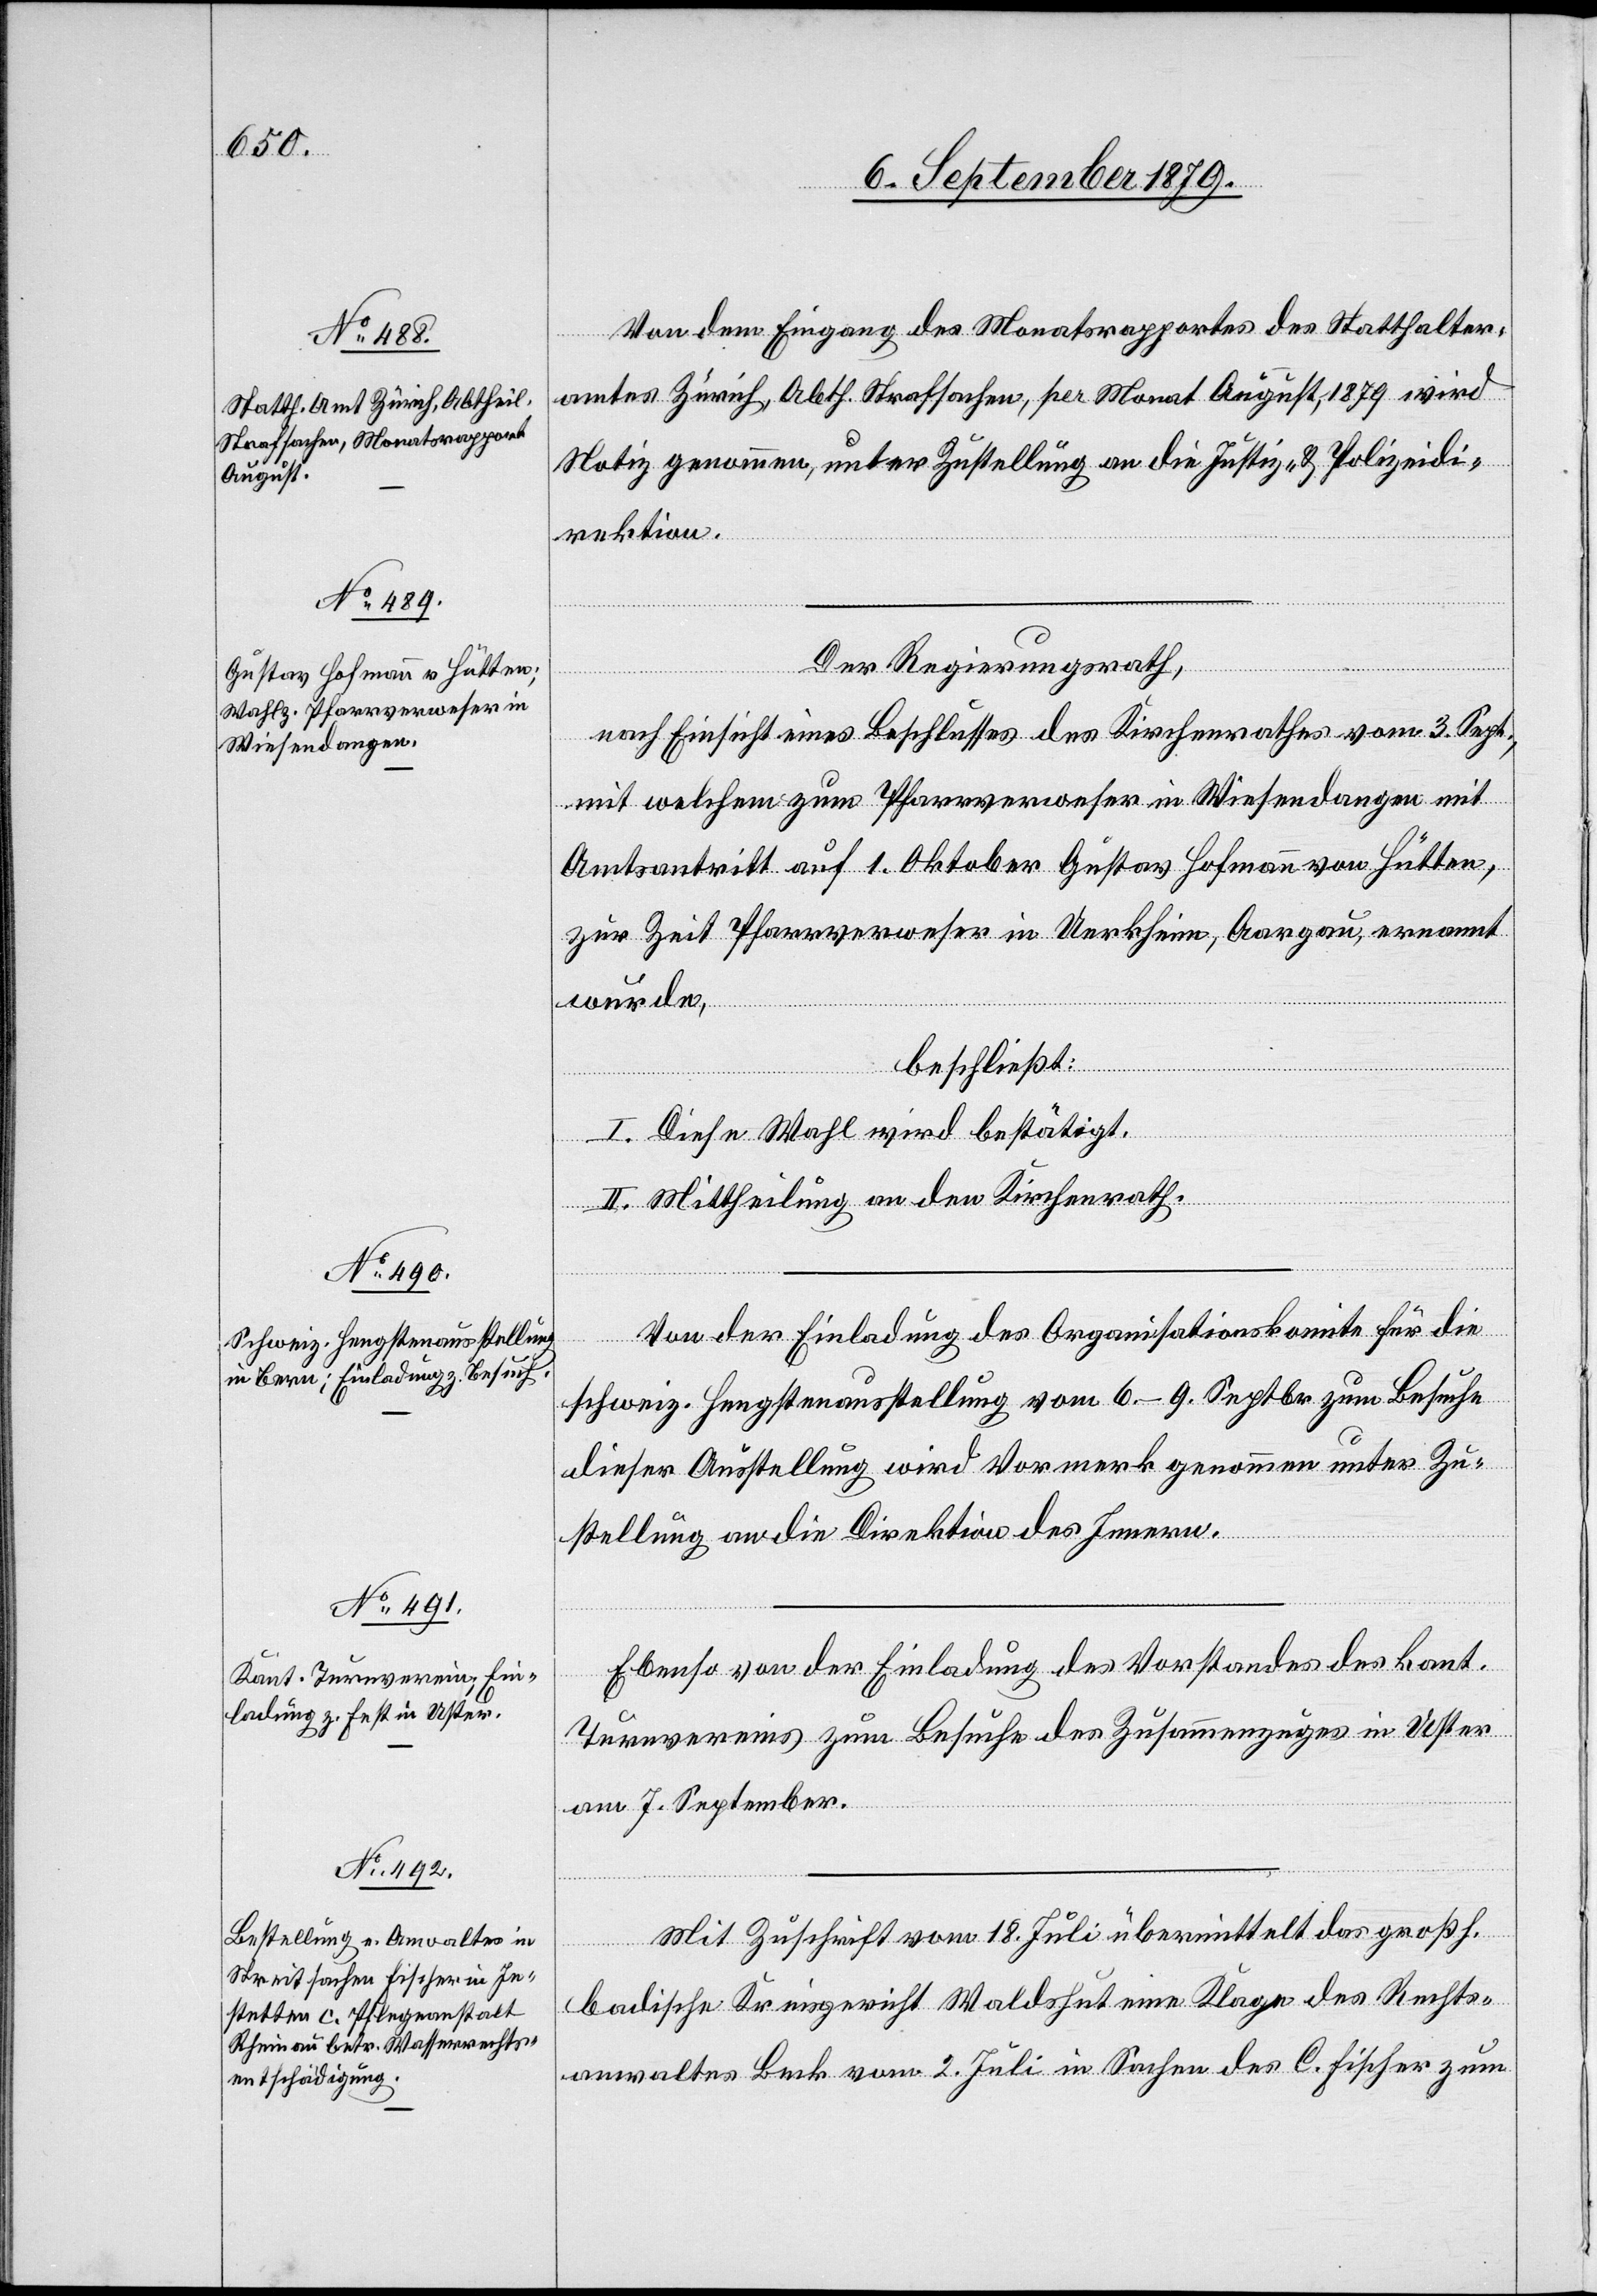
Von dem Eingang des Monatsrapportes des Statthalter¬
amtes Zürich, Abth. Strafsachen, per Monat August, 1879 wird
Notiz genommen, unter Zustellung an die Justiz- & Polizeidi¬
rektion.
Der Regierungsrath,
nach Einsicht eines Beschlusses des Kirchenrathes vom 3. Sept.,
mit welchem zum Pfarrverweser in Wiesendangen mit
Amtsantritt auf 1. Oktober Gustav Hofmann von Hütten,
zur Zeit Pfarrverweser in Uerkheim, Aargau, ernannt
wurde,
beschließt:
I. Diese Wahl wird bestätigt.
II. Mittheilung an den Kirchenrath.
Von der Einladung des Organisationskomite für die
schweiz. Hengstenausstellung vom 6.–9. Septbr. zum Besuche
dieser Ausstellung wird Vormerk genommen unter Zu¬
stellung an die Direktion des Innern.
Ebenso von der Einladung des Vorstandes des kant.
Turnvereins zum Besuche des Zusammenzuges in Uster
am 7. September.
Mit Zuschrift vom 18. Juli übermittelt das großh.
badische Kreisgericht Waldshut eine Klage des Rechts¬
anwaltes Beck vom 2. Juli in Sachen des C. Fischer zum